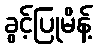
ခွင့်ပြုမိန့်